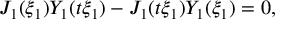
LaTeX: J _ { 1 } ( \xi _ { 1 } ) Y _ { 1 } ( t \xi _ { 1 } ) - J _ { 1 } ( t \xi _ { 1 } ) Y _ { 1 } ( \xi _ { 1 } ) = 0 ,